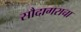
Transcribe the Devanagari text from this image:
सौदागराचा